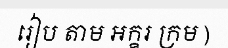
រៀប តាម អក្ខរ ក្រម )